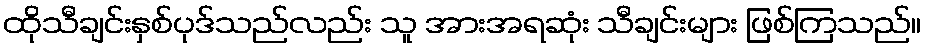
ထိုသီချင်းနှစ်ပုဒ်သည်လည်း သူ အားအရဆုံး သီချင်းများ ဖြစ်ကြသည်။